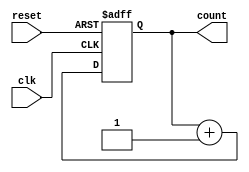
module up_counter (
    input wire clk,         // Clock signal
    input wire reset,       // Synchronous reset signal
    output reg [2:0] count  // 3-bit output for the counter
);

    // State transition logic based on the current state
    always @(posedge clk or posedge reset) begin
        if (reset) begin
            count <= 3'b000; // Reset to 0
        end else begin
            count <= count + 1; // Increment count
        end
    end

endmodule